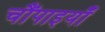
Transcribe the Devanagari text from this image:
चौंपाइयाँ